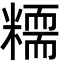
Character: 糥